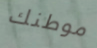
موطنك